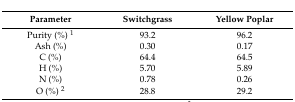
| Parameter | Switchgrass | Yellow Poplar |
 | --- | --- | --- |
 | Purity (%) 1 | 93.2 | 96.2 |
 | Ash (%) | 0.30 | 0.17 |
 | C (%) | 64.4 | 64.5 |
 | H (%) | 5.70 | 5.89 |
 | N (%) | 0.78 | 0.26 |
 | O (%) 2 | 28.8 | 29.2 |